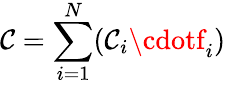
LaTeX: \mathcal{C}=\sum_{i=1}^{N}(\mathcal{C}_{i}\cdotf_{i})